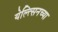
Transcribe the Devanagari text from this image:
येल्त्सिनच्या